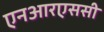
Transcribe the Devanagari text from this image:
एनआरएससी